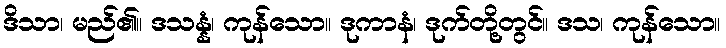
ဒိသာ၊ မည်၏။ ဒသန္နံ၊ ကုန်သော။ ဒုကာနံ၊ ဒုက်တို့တွင်။ ဒသ၊ ကုန်သော။